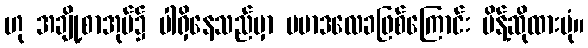
ဟု အချို့စာအုပ်၌ ပါရှိနေသည်မှာ ပမာဒလေခဖြစ်ကြောင်း မိန့်ဆိုထားပုံ။